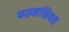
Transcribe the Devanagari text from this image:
फाइनांसियल